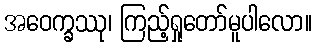
အဝေက္ခဿု၊ ကြည့်ရှုတော်မူပါလော။